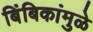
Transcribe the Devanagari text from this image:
बिंबिकांमुळे